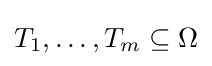
T_{1},\dotsc ,T_{m}\subseteq \Omega